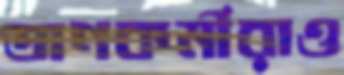
ত্রাণকর্মীরাও